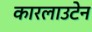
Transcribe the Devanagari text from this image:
कारलाउटेन